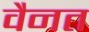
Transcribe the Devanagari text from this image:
वैनत